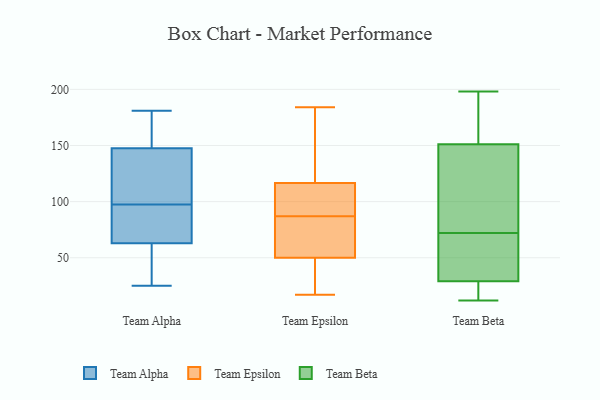
{"axis": {"x": "Conversion Rate (%)", "y": "Value"}, "legend": ["Team Alpha", "Team Beta", "Team Epsilon"], "data": [{"x": "", "y": 135, "type": "Team Alpha"}, {"x": "", "y": 25, "type": "Team Alpha"}, {"x": "", "y": 153, "type": "Team Alpha"}, {"x": "", "y": 59, "type": "Team Alpha"}, {"x": "", "y": 181, "type": "Team Alpha"}, {"x": "", "y": 67, "type": "Team Alpha"}, {"x": "", "y": 144, "type": "Team Alpha"}, {"x": "", "y": 50, "type": "Team Alpha"}, {"x": "", "y": 88, "type": "Team Alpha"}, {"x": "", "y": 122, "type": "Team Alpha"}, {"x": "", "y": 80, "type": "Team Alpha"}, {"x": "", "y": 151, "type": "Team Alpha"}, {"x": "", "y": 101, "type": "Team Alpha"}, {"x": "", "y": 33, "type": "Team Alpha"}, {"x": "", "y": 94, "type": "Team Alpha"}, {"x": "", "y": 162, "type": "Team Alpha"}, {"x": "", "y": 39, "type": "Team Epsilon"}, {"x": "", "y": 135, "type": "Team Epsilon"}, {"x": "", "y": 17, "type": "Team Epsilon"}, {"x": "", "y": 54, "type": "Team Epsilon"}, {"x": "", "y": 17, "type": "Team Epsilon"}, {"x": "", "y": 21, "type": "Team Epsilon"}, {"x": "", "y": 82, "type": "Team Epsilon"}, {"x": "", "y": 66, "type": "Team Epsilon"}, {"x": "", "y": 99, "type": "Team Epsilon"}, {"x": "", "y": 114, "type": "Team Epsilon"}, {"x": "", "y": 119, "type": "Team Epsilon"}, {"x": "", "y": 150, "type": "Team Epsilon"}, {"x": "", "y": 74, "type": "Team Epsilon"}, {"x": "", "y": 90, "type": "Team Epsilon"}, {"x": "", "y": 46, "type": "Team Epsilon"}, {"x": "", "y": 91, "type": "Team Epsilon"}, {"x": "", "y": 96, "type": "Team Epsilon"}, {"x": "", "y": 184, "type": "Team Epsilon"}, {"x": "", "y": 160, "type": "Team Epsilon"}, {"x": "", "y": 84, "type": "Team Epsilon"}, {"x": "", "y": 57, "type": "Team Beta"}, {"x": "", "y": 198, "type": "Team Beta"}, {"x": "", "y": 27, "type": "Team Beta"}, {"x": "", "y": 55, "type": "Team Beta"}, {"x": "", "y": 72, "type": "Team Beta"}, {"x": "", "y": 168, "type": "Team Beta"}, {"x": "", "y": 27, "type": "Team Beta"}, {"x": "", "y": 35, "type": "Team Beta"}, {"x": "", "y": 92, "type": "Team Beta"}, {"x": "", "y": 103, "type": "Team Beta"}, {"x": "", "y": 167, "type": "Team Beta"}, {"x": "", "y": 15, "type": "Team Beta"}, {"x": "", "y": 176, "type": "Team Beta"}, {"x": "", "y": 12, "type": "Team Beta"}, {"x": "", "y": 77, "type": "Team Beta"}]}